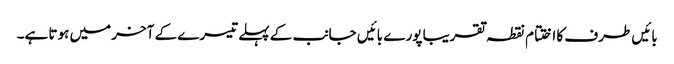
بائیں طرف کا اختتام نقطہ تقریبا پورے بائیں جانب کے پہلے تیسرے کے آخر میں ہوتا ہے۔